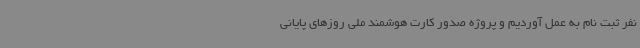
نفر ثبت نام به عمل آوردیم و پروژه صدور کارت هوشمند ملی روزهای پایانی